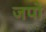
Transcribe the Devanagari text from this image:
जपो